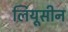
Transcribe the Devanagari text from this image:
लियूसीन